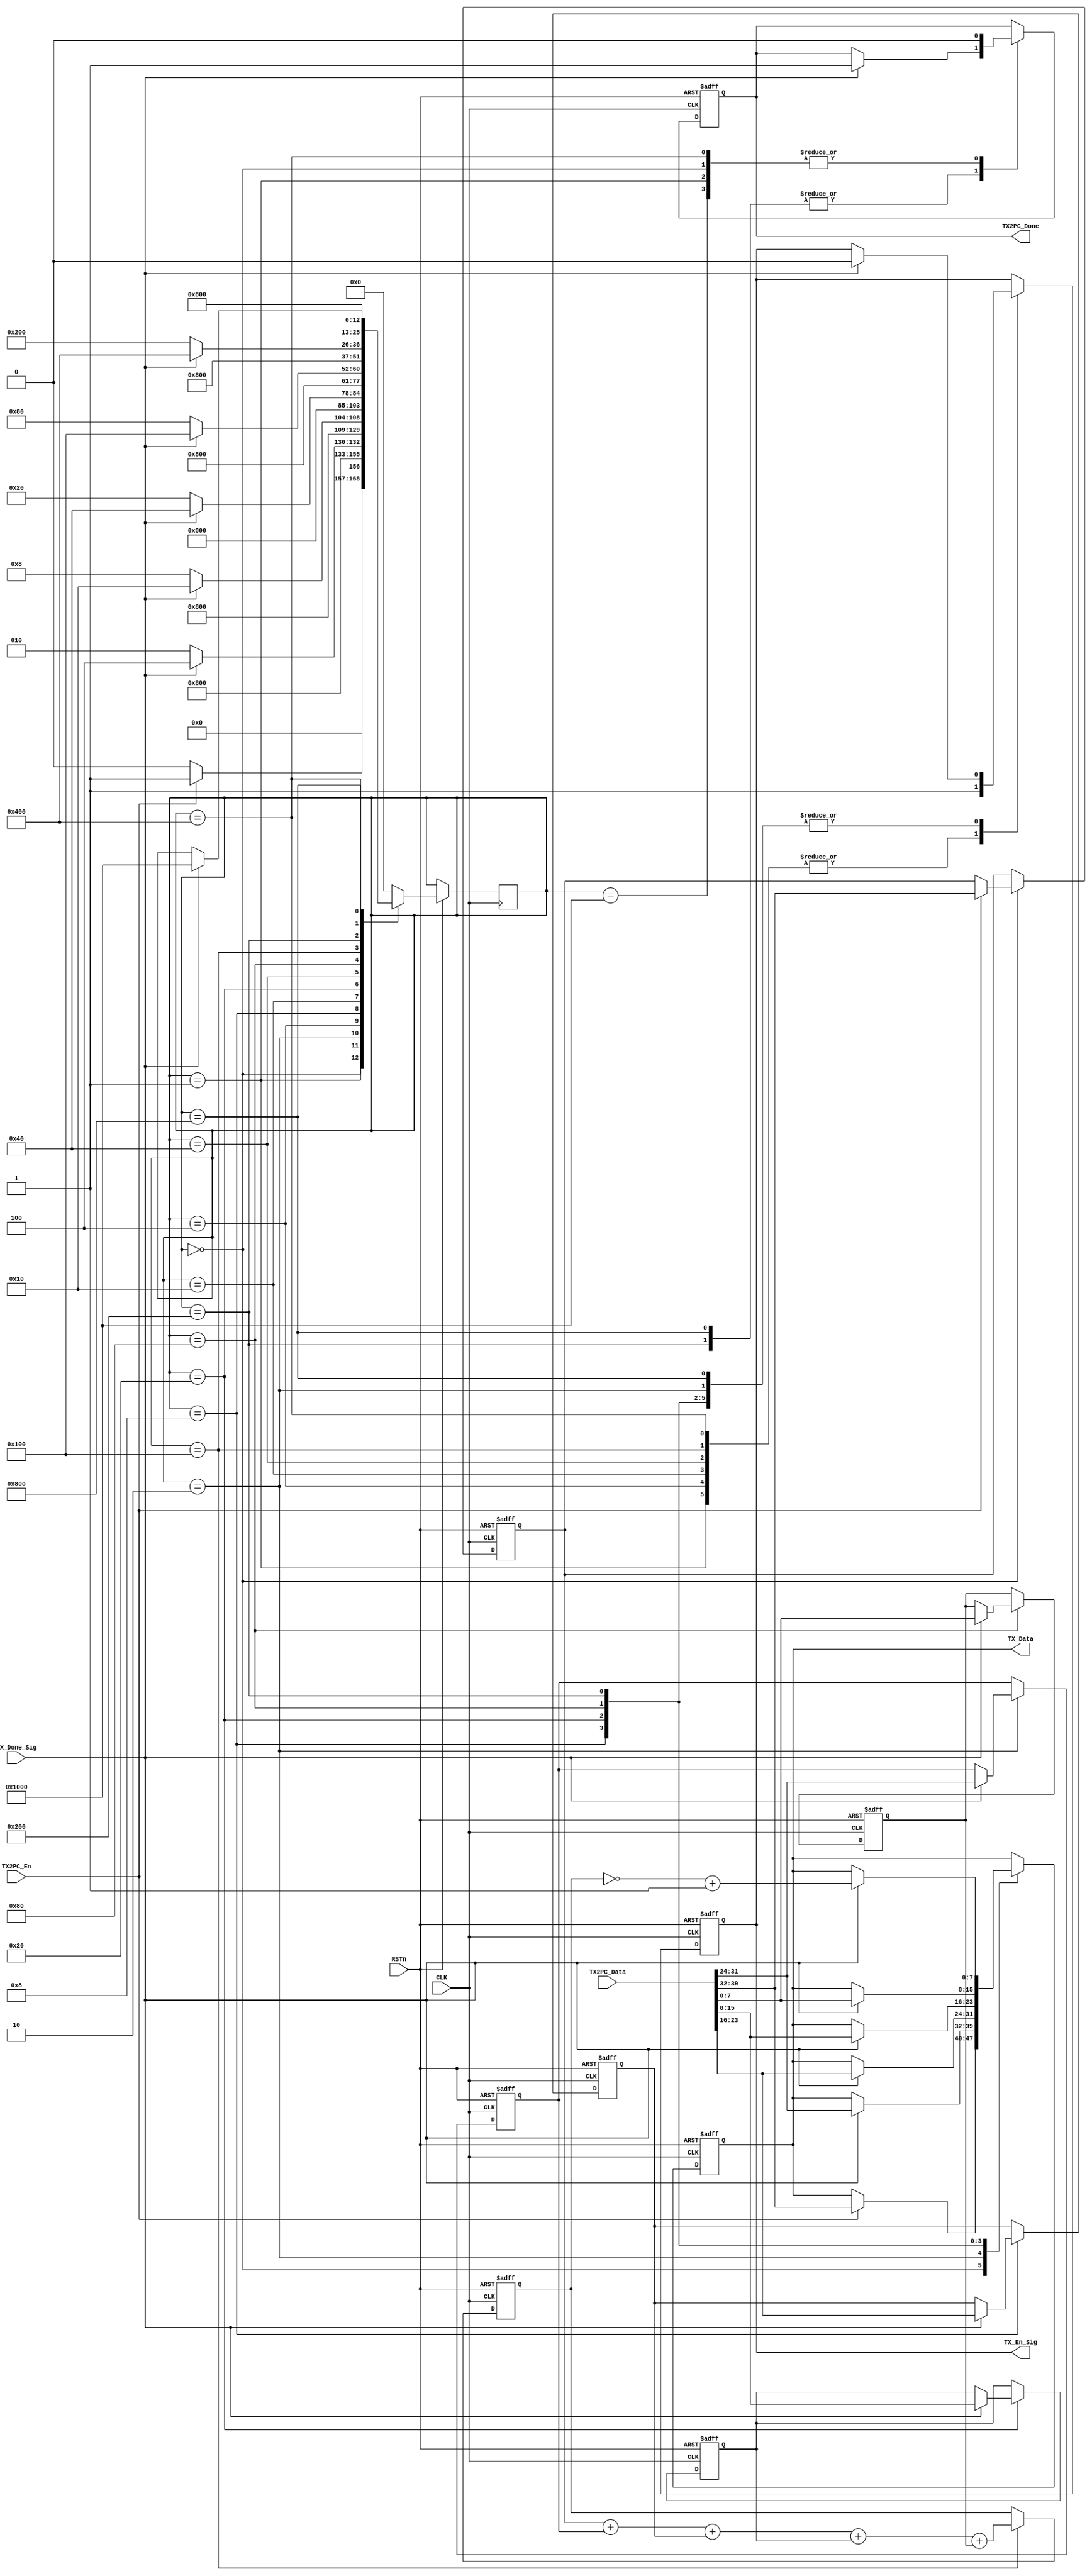
module tx2pc(CLK,RSTn,TX2PC_En,TX2PC_Done,TX2PC_Data,TX_Done_Sig,TX_En_Sig,TX_Data);
input CLK,RSTn;
input [39:0]TX2PC_Data;
input TX2PC_En;
output TX2PC_Done; 
input TX_Done_Sig;
output TX_En_Sig;
output [7:0]TX_Data;


//decondev2tx_module
//TX2PC_En1TX_Done_Sig 6TX2PC_Done1
//decodev2decodev2TX2PC_En0
reg TX_En_Sig;
reg[7:0]TX_Data;
reg TX2PC_Done;
parameter S0=13'b00000000000,S1=13'b00000000001,S2=13'b00000000010,S3=13'b00000000100,S4=13'b00000001000,
          S5=13'b00000010000,S6=13'b00000100000,S7=13'b00001000000,S8=13'b00010000000,S9=13'b00100000000,
          S10=13'b01000000000,S11=13'b10000000000,S12=13'b100000000000,S13=13'b1000000000000;

reg[7:0] R1,R2,R3,R4,R5,R6;			 
			 
reg[12:0]Cstate;
always@(posedge CLK or negedge RSTn)
if(!RSTn) begin
TX_En_Sig<=1'b0;
TX2PC_Done<=1'b0;
TX_Data<=8'd0;
R1<=8'd0;
R2<=8'd0;
R3<=8'd0;
R4<=8'd0;
R5<=8'd0;
R6<=8'd0;
end
else
	case(Cstate)
	S0:if(TX2PC_En) begin TX_Data<=TX2PC_Data[39:32];R1<=TX2PC_Data[39:32];TX2PC_Done<=1'b0;Cstate<=S1;end
			else begin TX2PC_Done<=1'b0;Cstate<=S0;end
	S1:  begin TX_En_Sig<=1'b1; Cstate<=S2;TX2PC_Done<=1'b0; end
	S2:  if(TX_Done_Sig) begin TX_Data<=TX2PC_Data[31:24];R2<=TX2PC_Data[31:24]; TX_En_Sig<=1'b0;Cstate<=S3;end else Cstate<=S2;
	S3:  begin TX_En_Sig<=1'b1; Cstate<=S4; end	
	S4:  if(TX_Done_Sig) begin TX_Data<=TX2PC_Data[23:16];R3<=TX2PC_Data[23:16];TX_En_Sig<=1'b0;Cstate<=S5;end else Cstate<=S4;
	S5:  begin TX_En_Sig<=1'b1; Cstate<=S6; end
	S6:  if(TX_Done_Sig) begin TX_Data<=TX2PC_Data[15:8];R4<=TX2PC_Data[15:8];TX_En_Sig<=1'b0;Cstate<=S7;end else Cstate<=S6;
	S7:  begin TX_En_Sig<=1'b1; Cstate<=S8; end
	S8:  if(TX_Done_Sig) begin TX_Data<=TX2PC_Data[7:0];R5<=TX2PC_Data[7:0];TX_En_Sig<=1'b0;Cstate<=S9;end else Cstate<=S8;
	S9:  begin TX_En_Sig<=1'b1;R6<=R1+R2+R3+R4+R5; Cstate<=S10; end
	S10: if(TX_Done_Sig) begin TX_Data<=~R6+1'b1; TX_En_Sig<=1'b0;Cstate<=S11;TX2PC_Done<=1'b1;end else Cstate<=S10;
	S11: begin TX_En_Sig<=1'b1; Cstate<=S12;TX2PC_Done<=1'b0; end
	S12: if(TX_Done_Sig) begin TX2PC_Done<=1'b1;TX_En_Sig<=1'b0;Cstate<=S13;end
	S13: begin TX2PC_Done<=1'b0;Cstate<=S0;end
  default: Cstate<=S0;
  endcase


endmodule